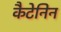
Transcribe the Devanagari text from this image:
कैटेनिन